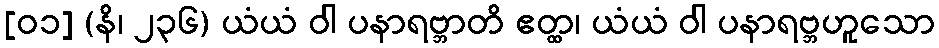
[၀၁] (နိ၊ ၂၃၆) ယံယံ ဝါ ပနာရဗ္ဘာတိ ဧတ္ထ၊ ယံယံ ဝါ ပနာရဗ္ဘဟူသော